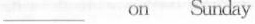
______on Sunday